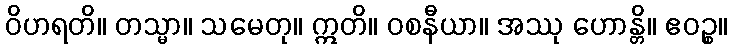
ဝိဟရတိ။ တသ္မာ။ သမေတု။ ဣတိ။ ဝစနီယာ။ အဿု ဟောန္တိ။ ဧဝဉ္စ။